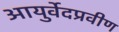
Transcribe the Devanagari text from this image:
आयुर्वेदप्रवीण